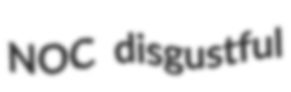
NOC disgustful